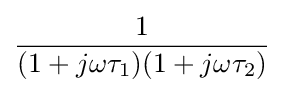
{\frac {1}{(1+j\omega \tau _{1})(1+j\omega \tau _{2})}}\